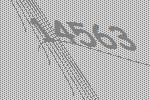
14563